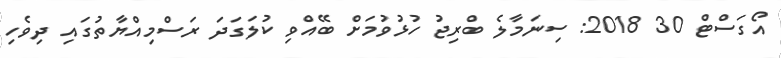
އޯގަސްޓް 30 2018: ސިނަމާލެ ބްރިޖު ހުޅުވުމަށް ބޭއްވި ކުލަގަދަ ރަސްމިއްޔާތުގައި ދިވެހި